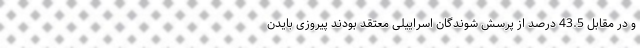
و در مقابل 43.5 درصد از پرسش شوندگان اسراییلی معتقد بودند پیروزی بایدن